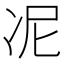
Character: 𭂊